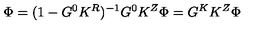
\Phi = ( 1 - G ^ { 0 } K ^ { R } ) ^ { - 1 } G ^ { 0 } K ^ { Z } \Phi = G ^ { K } K ^ { Z } \Phi